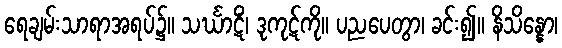
ရေချမ်းသာရာအရပ်၌။ သင်္ဃာဋိံ၊ ဒုကုဋ်ကို။ ပညပေတွာ၊ ခင်း၍။ နိသိန္နော၊